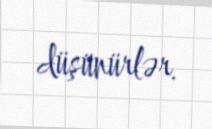
düşünürlər.